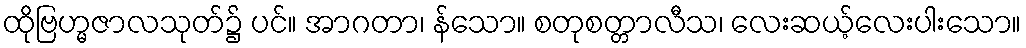
ထိုဗြဟ္မဇာလသုတ်၌ ပင်။ အာဂတာ၊ န်သော။ စတုစတ္တာလီသ၊ လေးဆယ့်လေးပါးသော။